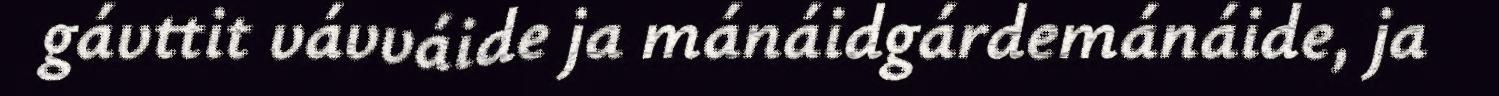
gávttit vávváide ja mánáidgárdemánáide, ja